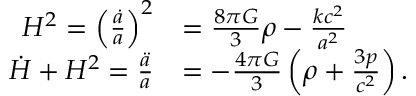
{ \begin{array} { r l } { H ^ { 2 } = \left( { \frac { \dot { a } } { a } } \right) ^ { 2 } } & { = { \frac { 8 \pi G } { 3 } } \rho - { \frac { k c ^ { 2 } } { a ^ { 2 } } } } \\ { { \dot { H } } + H ^ { 2 } = { \frac { \ddot { a } } { a } } } & { = - { \frac { 4 \pi G } { 3 } } \left( \rho + { \frac { 3 p } { c ^ { 2 } } } \right) . } \end{array} }